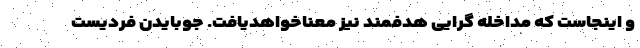
و اینجاست که مداخله گرایی هدفمند نیز معناخواهدیافت. جوبایدن فردیست